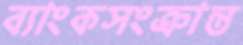
ব্যাংকসংক্রান্ত